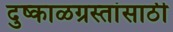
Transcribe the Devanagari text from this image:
दुष्काळग्रस्तांसाठी